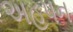
અહપન